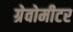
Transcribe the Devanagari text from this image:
ग्रेवोमीटर